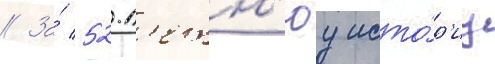
// За́ 52-л'етн'юу исто́р'иу